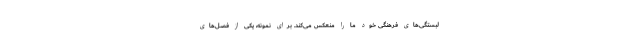
لبستگی‌های فرهنگی خود ما را منعکس می‌کند. برای نمونه، یکی از فصل‌های